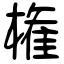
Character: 権